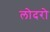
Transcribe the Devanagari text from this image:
लोदरो